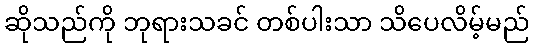
ဆိုသည်ကို ဘုရားသခင် တစ်ပါးသာ သိပေလိမ့်မည်